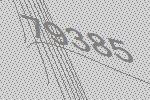
79385